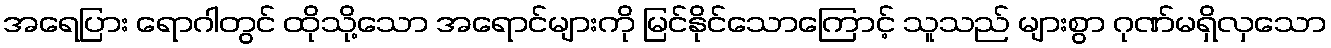
အရေပြား ရောဂါတွင် ထိုသို့သော အရောင်များကို မြင်နိုင်သောကြောင့် သူသည် များစွာ ဂုဏ်မရှိလှသော